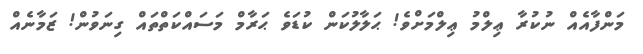
މަންފާއެއް ނުކުރާ ޢިލްމު ޢިލްމަށްވެ! ޙަލާލުކަން ކުޑަވެ ޙަރާމް މަސައްކަތްތައް ގިނަވުން! ޒަމާނެއް